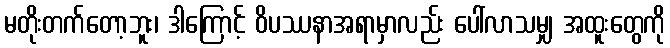
မတိုးတက်တော့ဘူး၊ ဒါကြောင့် ဝိပဿနာအရာမှာလည်း ပေါ်လာသမျှ အထူးတွေကို